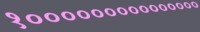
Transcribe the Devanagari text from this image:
१०००००००००००००००